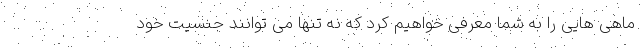
ماهی هایی را به شما معرفی خواهیم کرد که نه تنها می توانند جنسیت خود